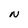
Character: N